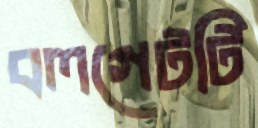
বলগেটটি